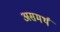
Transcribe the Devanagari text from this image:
असमर्थं